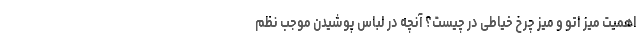
اهمیت میز اتو و میز چرخ خیاطی در چیست؟ آنچه در لباس پوشیدن موجب نظم